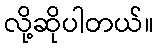
လို့ဆိုပါတယ်။